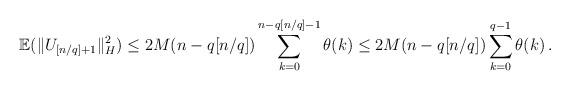
LaTeX: \begin{align*}{\mathbb E}(\|U_{[n/q]+1}\|_H^2)\leq 2M(n-q[n/q]) \sum_{k=0}^{n-q[n/q]-1} \theta (k) \leq2M (n-q[n/q]) \sum_{k=0}^{q-1}\theta (k)\, .\end{align*}